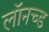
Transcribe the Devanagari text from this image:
लॉनच्ड